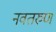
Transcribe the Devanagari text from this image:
नवतरुण